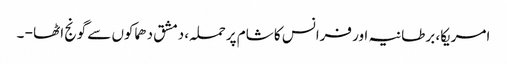
امریکا، برطانیہ اور فرانس کا شام پرحملہ، دمشق دھماکوں سے گونج اٹھا - ۔